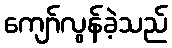
ကျော်လွန်ခဲ့သည်